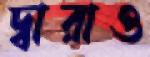
দ্বারাও